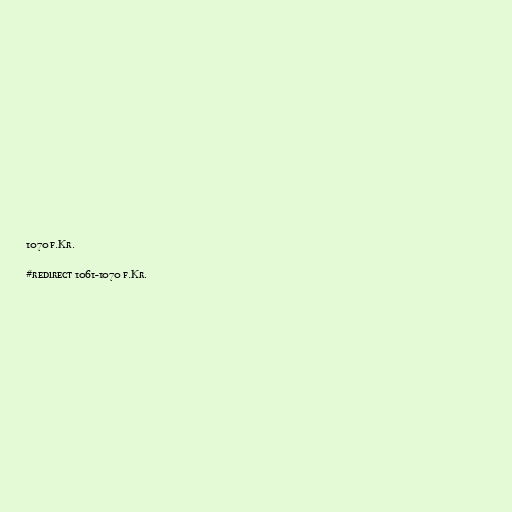
1070 f.Kr.

#redirect 1061-1070 f.Kr.